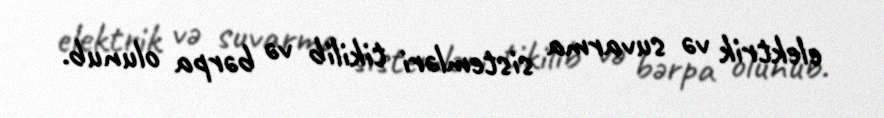
elektrik və suvarma sistemləri tikilib və bərpa olunub.